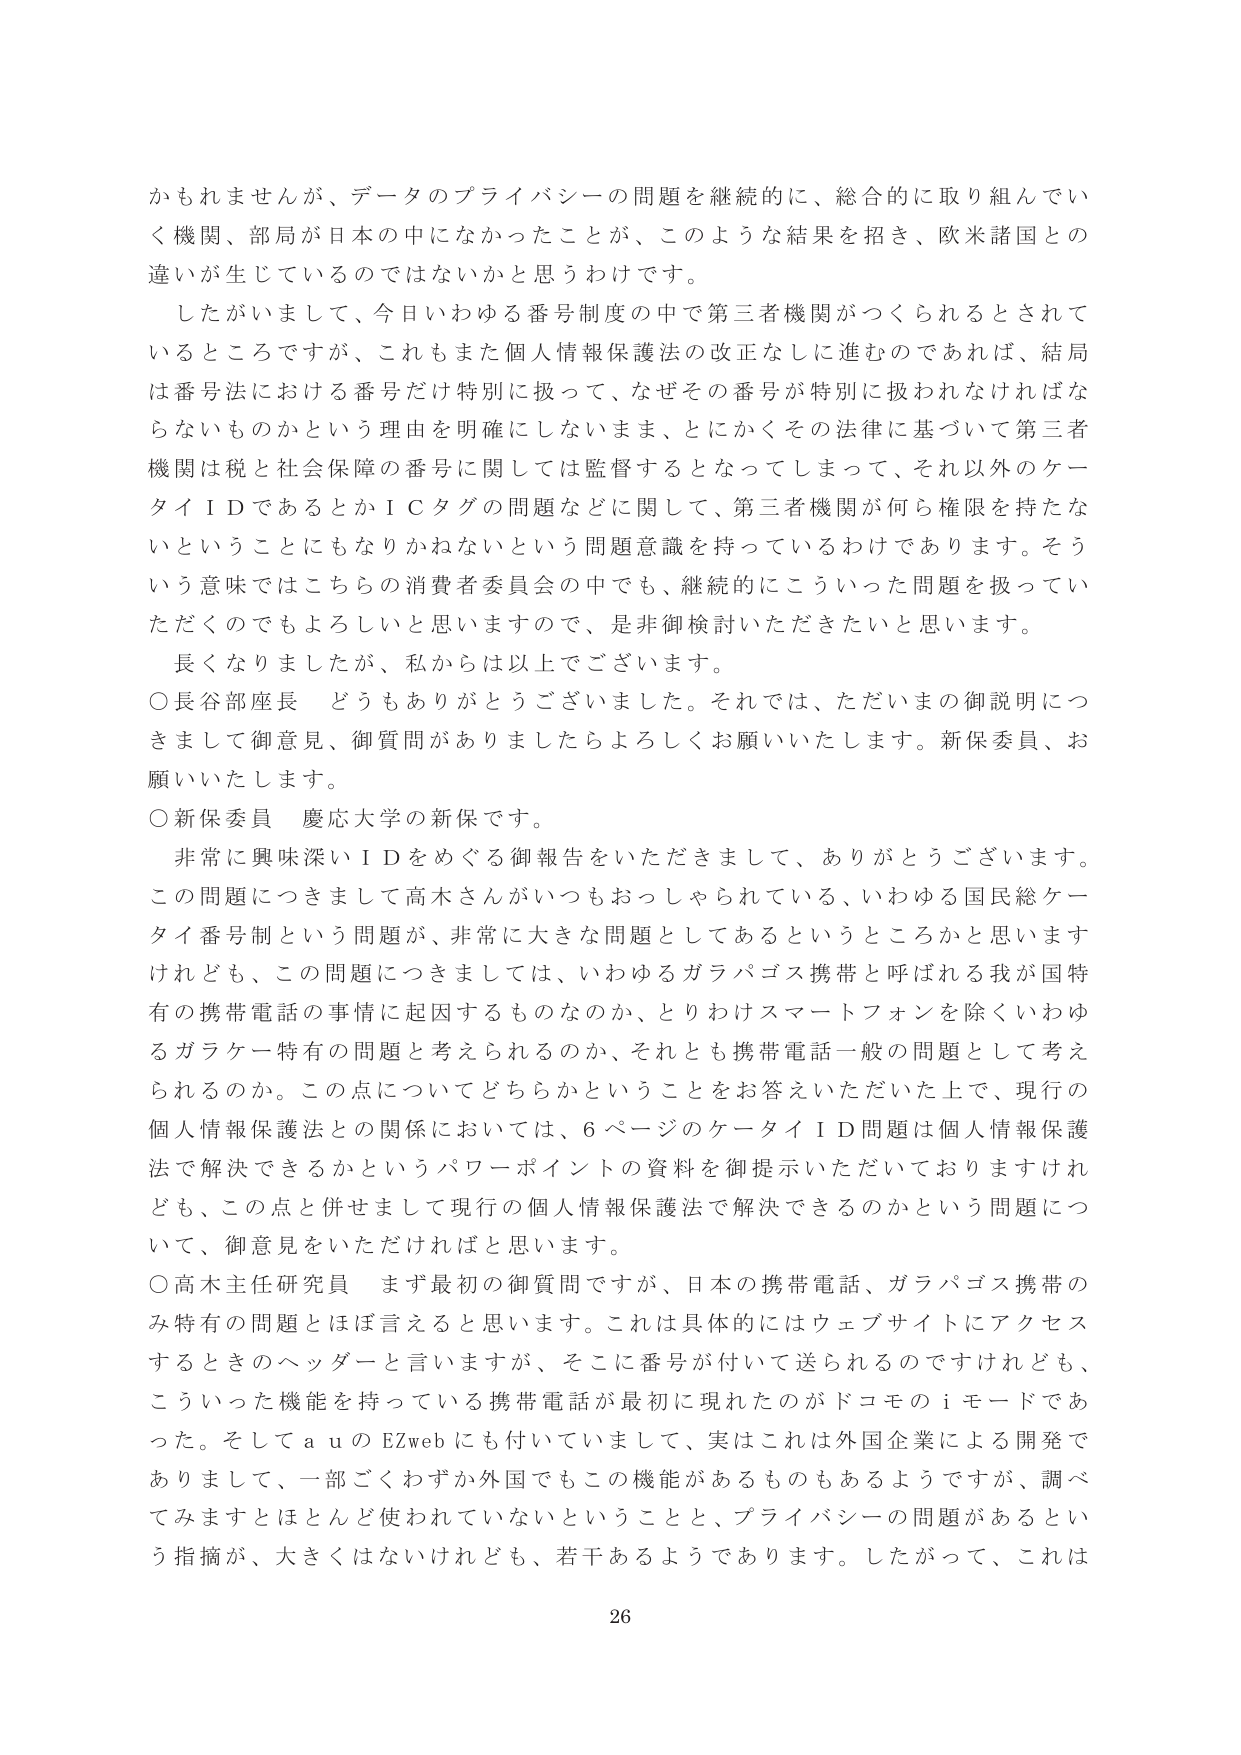
かもしませんが、データのプライバシーの問題を継続的に、総合的に取り組んでいく機関、部局が日本の中になかったことが、このような結果を招き、欧米諸国との違いが生じているのではないかと思うわけです。

したがいまして、今日いわゆる番号制度の中で第三者機関がつくられるとされているところですが、これもまた個人情報保護法の改正なしに進むのであれば、結局は番号法における番号だけ特別に扱って、なぜその番号が特別に扱われなければならないものかという理由を明確にしないまま、とにかくその法律に基づいて第三者機関は税と社会保障の番号に関しては監督するとなってしまって、それ以外のケータイＩＤであるとかＩＣタグの問題などに関して、第三者機関が何ら権限を持たないということにもなりかねないという問題意識を持っているわけであります。そういう意味ではこちらの消費者委員会の中でも、継続的にこういった問題を扱っていただくのでもよろしいと思いますので、是非御検討いただきたいと思います。

長くなりましたましたが、私からは以上でございます。

○長谷部座長　どうもありがとうございました。それでは、ただいまの御説明につきまして御意見、御質問がありましたらよろしくお願いいたします。新保委員、お願いいたします。

○新保委員　慶応大学の新保です。

非常に興味深いＩＤをめぐる御報告をいただきまして、ありがとうございます。この問題につきまして高木さんがいつもおっしゃられている、いわゆる国民総ケータイ番号制という問題が、非常に大きな問題としてあるというところかと思いますけれども、この問題につきましては、いわゆるガラパゴス携帯と呼ばれる我が国特有の携帯電話の事情に起因するものなのか、とりわけスマートフォンを除くいわゆるガラケー特有の問題と考えられるのか、それとも携帯電話一般の問題として考えられるのか。この点についてどちらかということをお答えいただいた上で、現行の個人情報保護法との関係においては、６ページのケータイＩＤ問題は個人情報保護法で解決できるかというパワーポイントの資料を御提示いただいておりますけれども、この点と併せまして現行の個人情報保護法で解決できるのかという問題について、御意見をいただければと思います。

○高木主任研究員　まず最初の御質問ですが、日本の携帯電話、ガラパゴス携帯のみ特有の問題とはほぼ言えると思います。これは具体的にはウェブサイトにアクセスするときのヘッダーと言いますが、そこに番号が付いて送られるのですけれども、こういった機能を持っている携帯電話が最初に現れたのがドコモのｉモードであった。そしてａｕのＥＺｗｅｂにも付いていまして、実はこれは外国企業による開発でありまして、一部ごくわずか外国でもこの機能があるものもあるようですが、調べてみますとほとんど使われていないということと、プライバシーの問題があるという指摘が、大きくはないけれども、若干あるようあります。したがって、これは

26